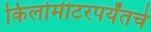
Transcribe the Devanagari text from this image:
किलोमीटरपर्यंतचे